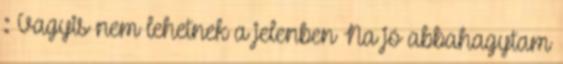
: Vagyis nem lehetnek a jelenben Na jó abbahagytam